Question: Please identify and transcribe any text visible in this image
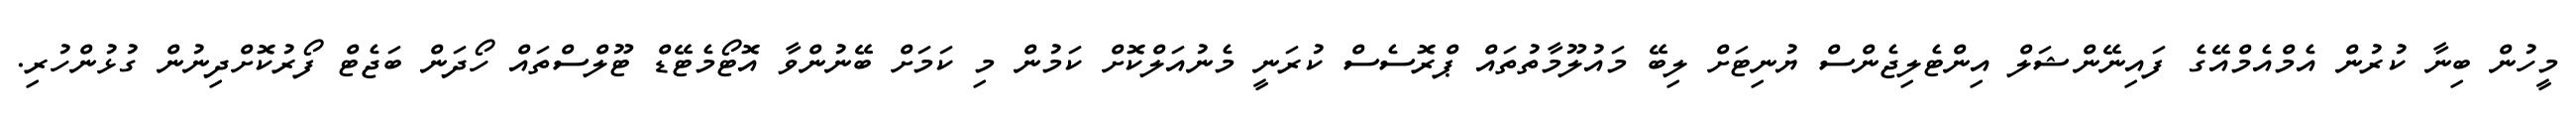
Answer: މީހުން ބިނާ ކުރުން އެމްއެމްއޭގެ ފައިނޭންޝަލް އިންޓެލިޖެންސް ޔުނިޓަށް ލިބޭ މައުލޫމާތުތައް ޕްރޮސެސް ކުރަނީ މެނުއަލްކޮށް ކަމުން މި ކަމަށް ބޭނުންވާ އޮޓޯމެޓޭޑް ޓޫލްސްތައް ހޯދަން ބަޖެޓް ފޯރުކޮށްދިނުން ގުޅުންހުރި.